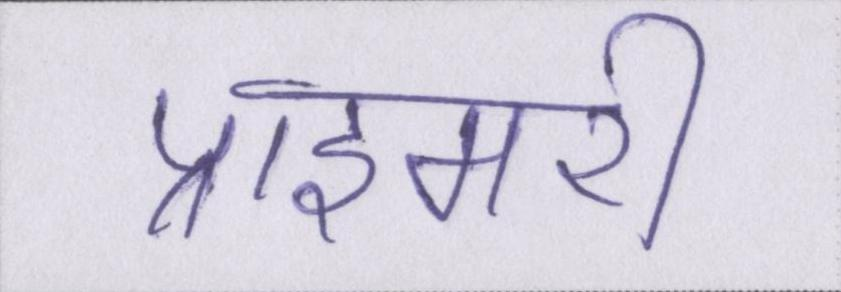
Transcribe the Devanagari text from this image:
प्राइमरी